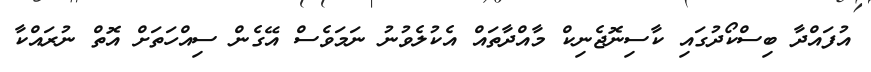
އުފައްދާ ބިސްކޯދުގައި ކާސިނޮޖެނިކް މާއްދާތައް އެކުލެވުނު ނަމަވެސް އޭގެން ސިއްހަތަށް އޮތް ނުރައްކާ